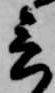
言